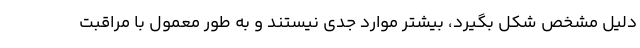
دلیل مشخص شکل بگیرد، بیشتر موارد جدی نیستند و به طور معمول با مراقبت